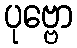
ပုဗ္ဗော